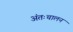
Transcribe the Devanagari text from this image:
अंतःचालन